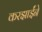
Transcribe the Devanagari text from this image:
करझाईंने